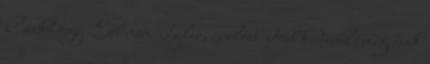
Csakhogy Seb nem Tyler, és előbb-utóbb kiderül, még csak